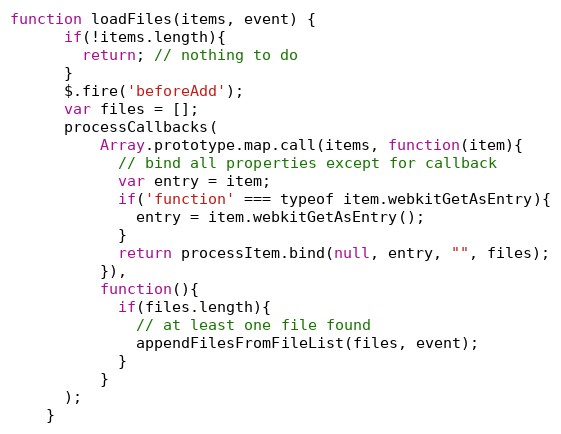
Language: JavaScript
function loadFiles(items, event) {
      if(!items.length){
        return; // nothing to do
      }
      $.fire('beforeAdd');
      var files = [];
      processCallbacks(
          Array.prototype.map.call(items, function(item){
            // bind all properties except for callback
            var entry = item;
            if('function' === typeof item.webkitGetAsEntry){
              entry = item.webkitGetAsEntry();
            }
            return processItem.bind(null, entry, "", files);
          }),
          function(){
            if(files.length){
              // at least one file found
              appendFilesFromFileList(files, event);
            }
          }
      );
    }